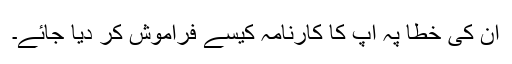
ان کی خطا پہ آپ کا کارنامہ کیسے فراموش کر دیا جائے۔